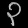
Digit: ၃